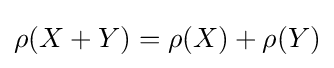
\rho (X+Y)=\rho (X)+\rho (Y)